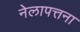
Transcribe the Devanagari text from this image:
नेलापत्तना